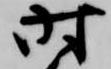
時